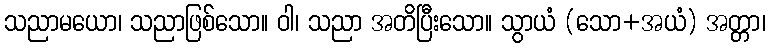
သညာမယော၊ သညာဖြစ်သော။ ဝါ၊ သညာ အတိပြီးသော။ သွာယံ (သော+အယံ) အတ္တာ၊